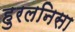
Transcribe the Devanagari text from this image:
हुरलनिसा